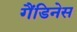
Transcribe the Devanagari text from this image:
गैंडिनेस